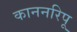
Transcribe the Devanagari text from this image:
काननरिपू